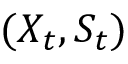
( X _ { t } , S _ { t } )